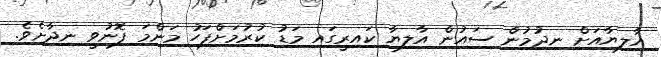
އާލިޔާއަށް ނިދުމުން ސައުން އާލިޔާ ކައިރީގައ މަޑު ކުރުމަށްފަހު މަންމަ ފޮނުވީ ނިދާށެވެ.